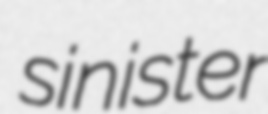
sinister